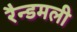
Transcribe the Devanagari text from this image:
रैन्डमली